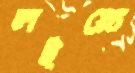
লইয়্যে